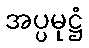
အပ္ပမုဋ္ဌံ